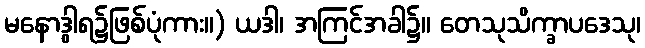
မနောဒွါရ၌ဖြစ်ပုံကား။) ယဒါ၊ အကြင်အခါ၌။ တေသုသိက္ခာပဒေသု၊